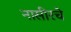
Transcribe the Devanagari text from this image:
नासीरचे